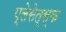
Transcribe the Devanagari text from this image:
प्लेसेत्स्क